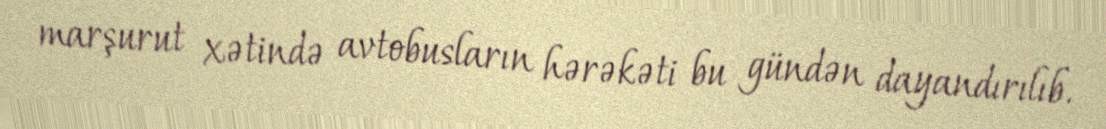
marşurut xətində avtobusların hərəkəti bu gündən dayandırılıb.